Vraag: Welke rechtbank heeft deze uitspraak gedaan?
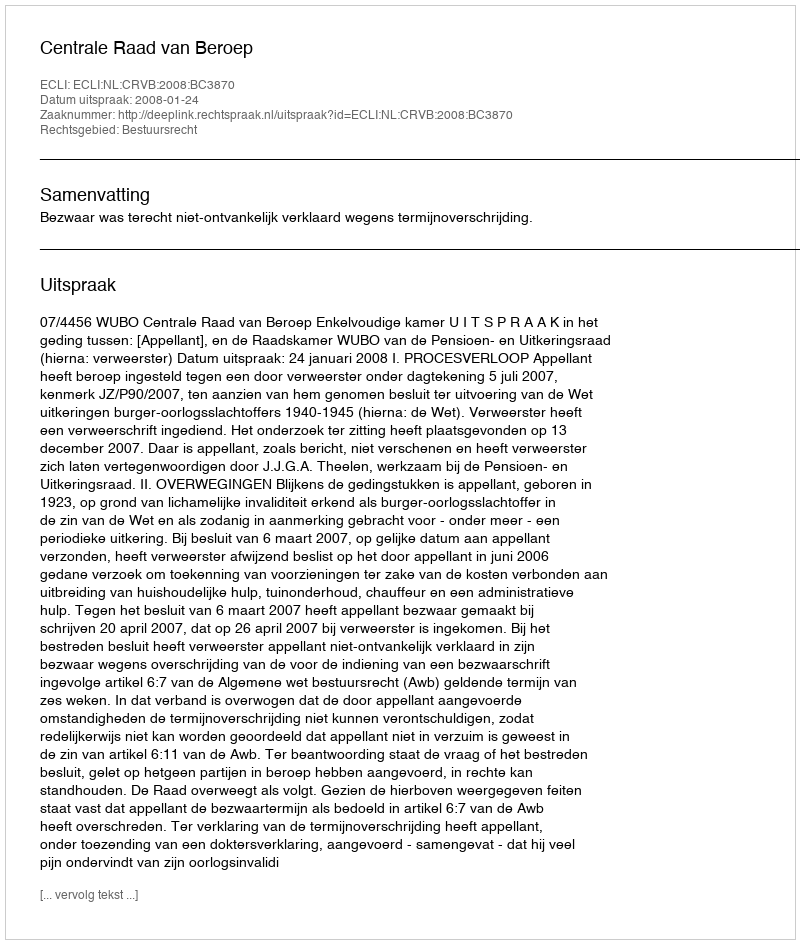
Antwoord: Centrale Raad van Beroep